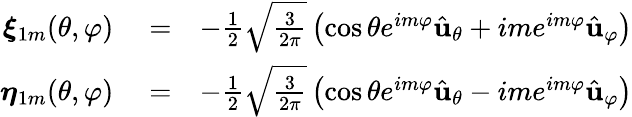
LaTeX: \begin{array}{rlr}{\boldsymbol{\xi}_{1m}(\theta,\varphi)}&{{}=}&{-\frac{1}{2}\sqrt{\frac{3}{2\pi}}\left(\cos\theta e^{im\varphi}\hat{{\mathbf u}}_{\theta}+ime^{im\varphi}\hat{{\mathbf u}}_{\varphi}\right)}\\ {\boldsymbol{\eta}_{1m}(\theta,\varphi)}&{{}=}&{-\frac{1}{2}\sqrt{\frac{3}{2\pi}}\left(\cos\theta e^{im\varphi}\hat{{\mathbf u}}_{\theta}-ime^{im\varphi}\hat{{\mathbf u}}_{\varphi}\right)}\end{array}